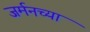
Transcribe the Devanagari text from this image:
जर्मनच्या